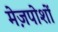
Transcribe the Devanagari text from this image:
मेज़पोशों